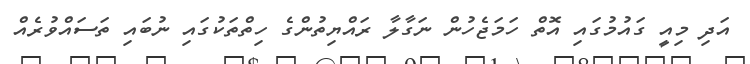
އަދި މިއީ ގައުމުގައި އޮތް ހަމަޖެހުން ނަގާލާ ރައްޔިތުންގެ ހިތްތަކުގައި ނުބައި ތަސައްވުރެއް